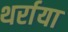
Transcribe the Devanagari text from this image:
थर्राया